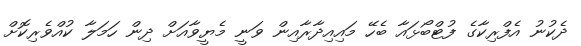
ދެކުނު އެފްރިކާގެ ފުޓްބޯޅައާ ބެހޭ މައިއިދާރާއިން ވަނީ މެޔީވާއަށް ދިން ހަމަލާ ކުއްވެރިކޮށް